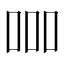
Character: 𠱠